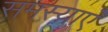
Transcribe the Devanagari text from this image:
समस्य़ाएं